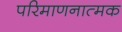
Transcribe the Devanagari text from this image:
परिमाणनात्मक